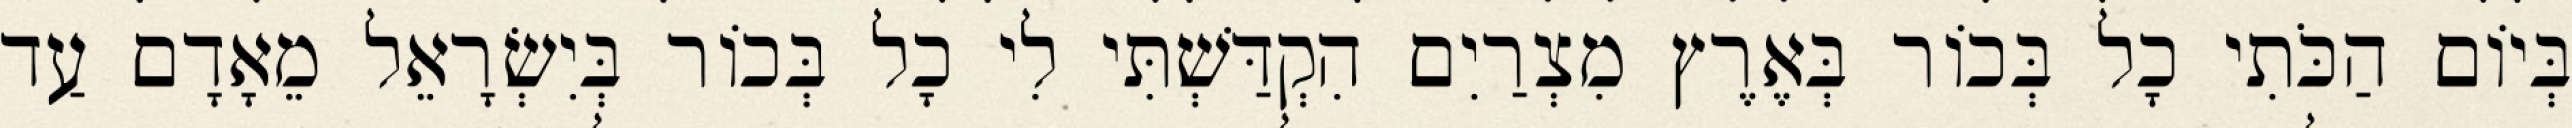
בְּיוֹם הַכֹּתִי כָל בְּכוֹר בְּאֶרֶץ מִצְרַיִם הִקְדַּשְׁתִּי לִי כָל בְּכוֹר בְּיִשְׂרָאֵל מֵאָדָם עַד